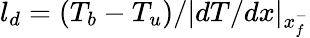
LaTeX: l_{d}=(T_{b}-T_{u})/|dT/dx|_{x_{f}^{-}}